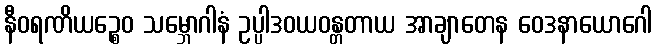
နီဝရဏိယဉ္စေဝ သမ္ဘောဂါနံ ဥပ္ပါဒဝယဝန္တတာယ အာချာတေန ဝေဒနာယောဂေါ